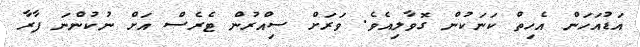
އަޑުއަހަން އެހިތް ކަނަކުން ގޮވާލިއެވެ. ވަރަށް ސިއްރުން ޓެރެސް އަށް ނުކުންނަ ފާރާ